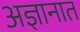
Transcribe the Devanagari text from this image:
अज्ञानात